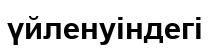
үйленуіндегі